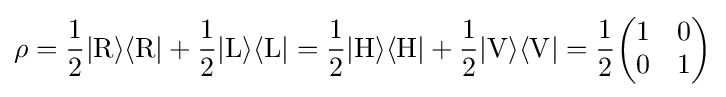
\rho ={\frac {1}{2}}|\mathrm {R} \rangle \langle \mathrm {R} |+{\frac {1}{2}}|\mathrm {L} \rangle \langle \mathrm {L} |={\frac {1}{2}}|\mathrm {H} \rangle \langle \mathrm {H} |+{\frac {1}{2}}|\mathrm {V} \rangle \langle \mathrm {V} |={\frac {1}{2}}{\begin{pmatrix}1&0\\0&1\end{pmatrix}}